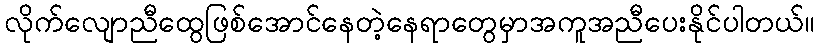
လိုက်လျောညီထွေဖြစ်အောင်နေတဲ့နေရာတွေမှာအကူအညီပေးနိုင်ပါတယ်။